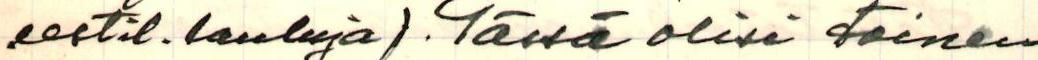
eestil.lauluja). Tässä olisi toinen